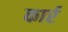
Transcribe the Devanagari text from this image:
कार्र